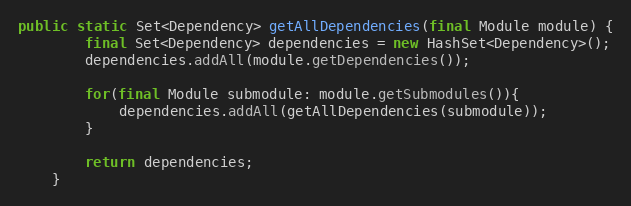
Language: Java
public static Set<Dependency> getAllDependencies(final Module module) {
        final Set<Dependency> dependencies = new HashSet<Dependency>();
        dependencies.addAll(module.getDependencies());

        for(final Module submodule: module.getSubmodules()){
            dependencies.addAll(getAllDependencies(submodule));
        }

        return dependencies;
    }